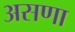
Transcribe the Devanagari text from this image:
असणा